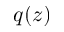
q ( z )